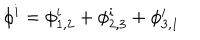
LaTeX: \phi ^ { i } = \phi _ { 1 , 2 } ^ { i } + \phi _ { 2 , 3 } ^ { i } + \phi _ { 3 , 1 } ^ { i }